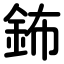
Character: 鈽